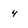
Character: 4